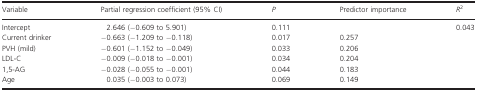
<table><thead><tr><td><b>Variable</b></td><td><b>Partial regression coefficient (95% CI)</b></td><td><b><i>P</i></b></td><td><b>Predictor importance</b></td><td><b><i>R</i><sup>2</sup></b></td></tr></thead><tbody><tr><td>Intercept</td><td>2.646 (−0.609 to 5.901)</td><td>0.111</td><td></td><td>0.043</td></tr><tr><td>Current drinker</td><td>−0.663 (−1.209 to −0.118)</td><td>0.017</td><td>0.257</td><td></td></tr><tr><td>PVH (mild)</td><td>−0.601 (−1.152 to −0.049)</td><td>0.033</td><td>0.206</td><td></td></tr><tr><td>LDL-C</td><td>−0.009 (−0.018 to −0.001)</td><td>0.034</td><td>0.204</td><td></td></tr><tr><td>1,5-AG</td><td>−0.028 (−0.055 to −0.001)</td><td>0.044</td><td>0.183</td><td></td></tr><tr><td>Age</td><td>0.035 (−0.003 to 0.073)</td><td>0.069</td><td>0.149</td><td></td></tr></tbody></table>